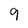
Character: 9